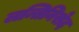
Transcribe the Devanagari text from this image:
लन्तिनिसेद